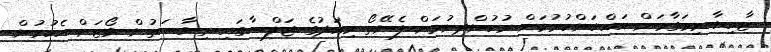
ޒާހިޔާ މިމަގާމަށް އައްޔަންކުރުމަށް ރުހުންދިނުމަށް ފެނޭތޯ މިއަދުގެ ޖަލްސާގައި ރިޔާސަތުން ވޯޓަށް އެހުމުން